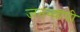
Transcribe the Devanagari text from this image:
जनव्यापी